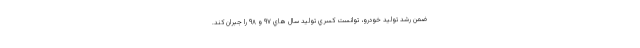
ضمن رشد توليد خودرو، توانست كسري توليد سال هاي ۹۷ و ۹۸ را جبران كند.